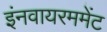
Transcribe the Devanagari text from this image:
इंनवायरममेंट